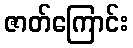
ဇာတ်ကြောင်း